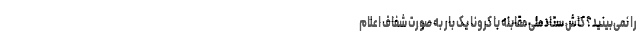
را نمی‌بینید؟ کاش ستاد ملی مقابله با کرونا یک بار به صورت شفاف اعلام